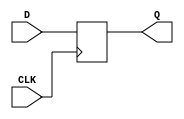
module dff_delay(
    input wire D,
    input wire CLK,
    output reg Q
);

always @(posedge CLK) begin
    Q <= D;
end

endmodule